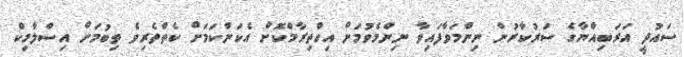
ސައުދީ އަރަބިއްޔާގެ ސަރުކާރުން ނިންމަވާފައިވާ ނިންމެވުމަށް އިހްތިރާމްކޮށް އެކަންކަމަށް ކެތްތެރިވެ ތިބުމަށް އިސްލާމިކް